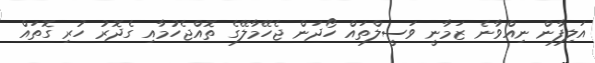
އަލިފާން ނިއްވާނެ ޒަމާނީ ވަސީލްތައް ހޯދަން ޖެހޭމާލޭގެ ތޮއްޖެހުމާއި ގެދޮރު ހުރި ގޮތައް